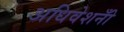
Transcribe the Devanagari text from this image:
अधिवेशनोँ